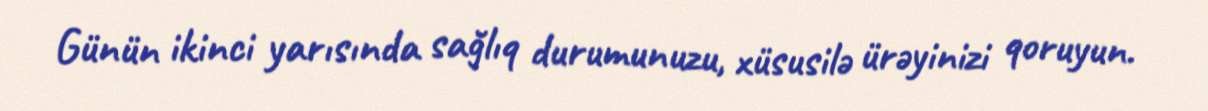
Günün ikinci yarısında sağlıq durumunuzu, xüsusilə ürəyinizi qoruyun.